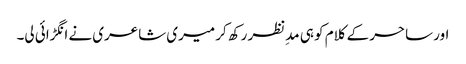
اور ساحر کے کلام کو ہی مدِنظر رکھ کر میری شاعری نے انگڑائی لی۔